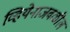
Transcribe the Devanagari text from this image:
व्हियेनाजवळील